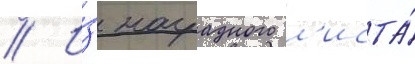
// И́з наградного л'иста́